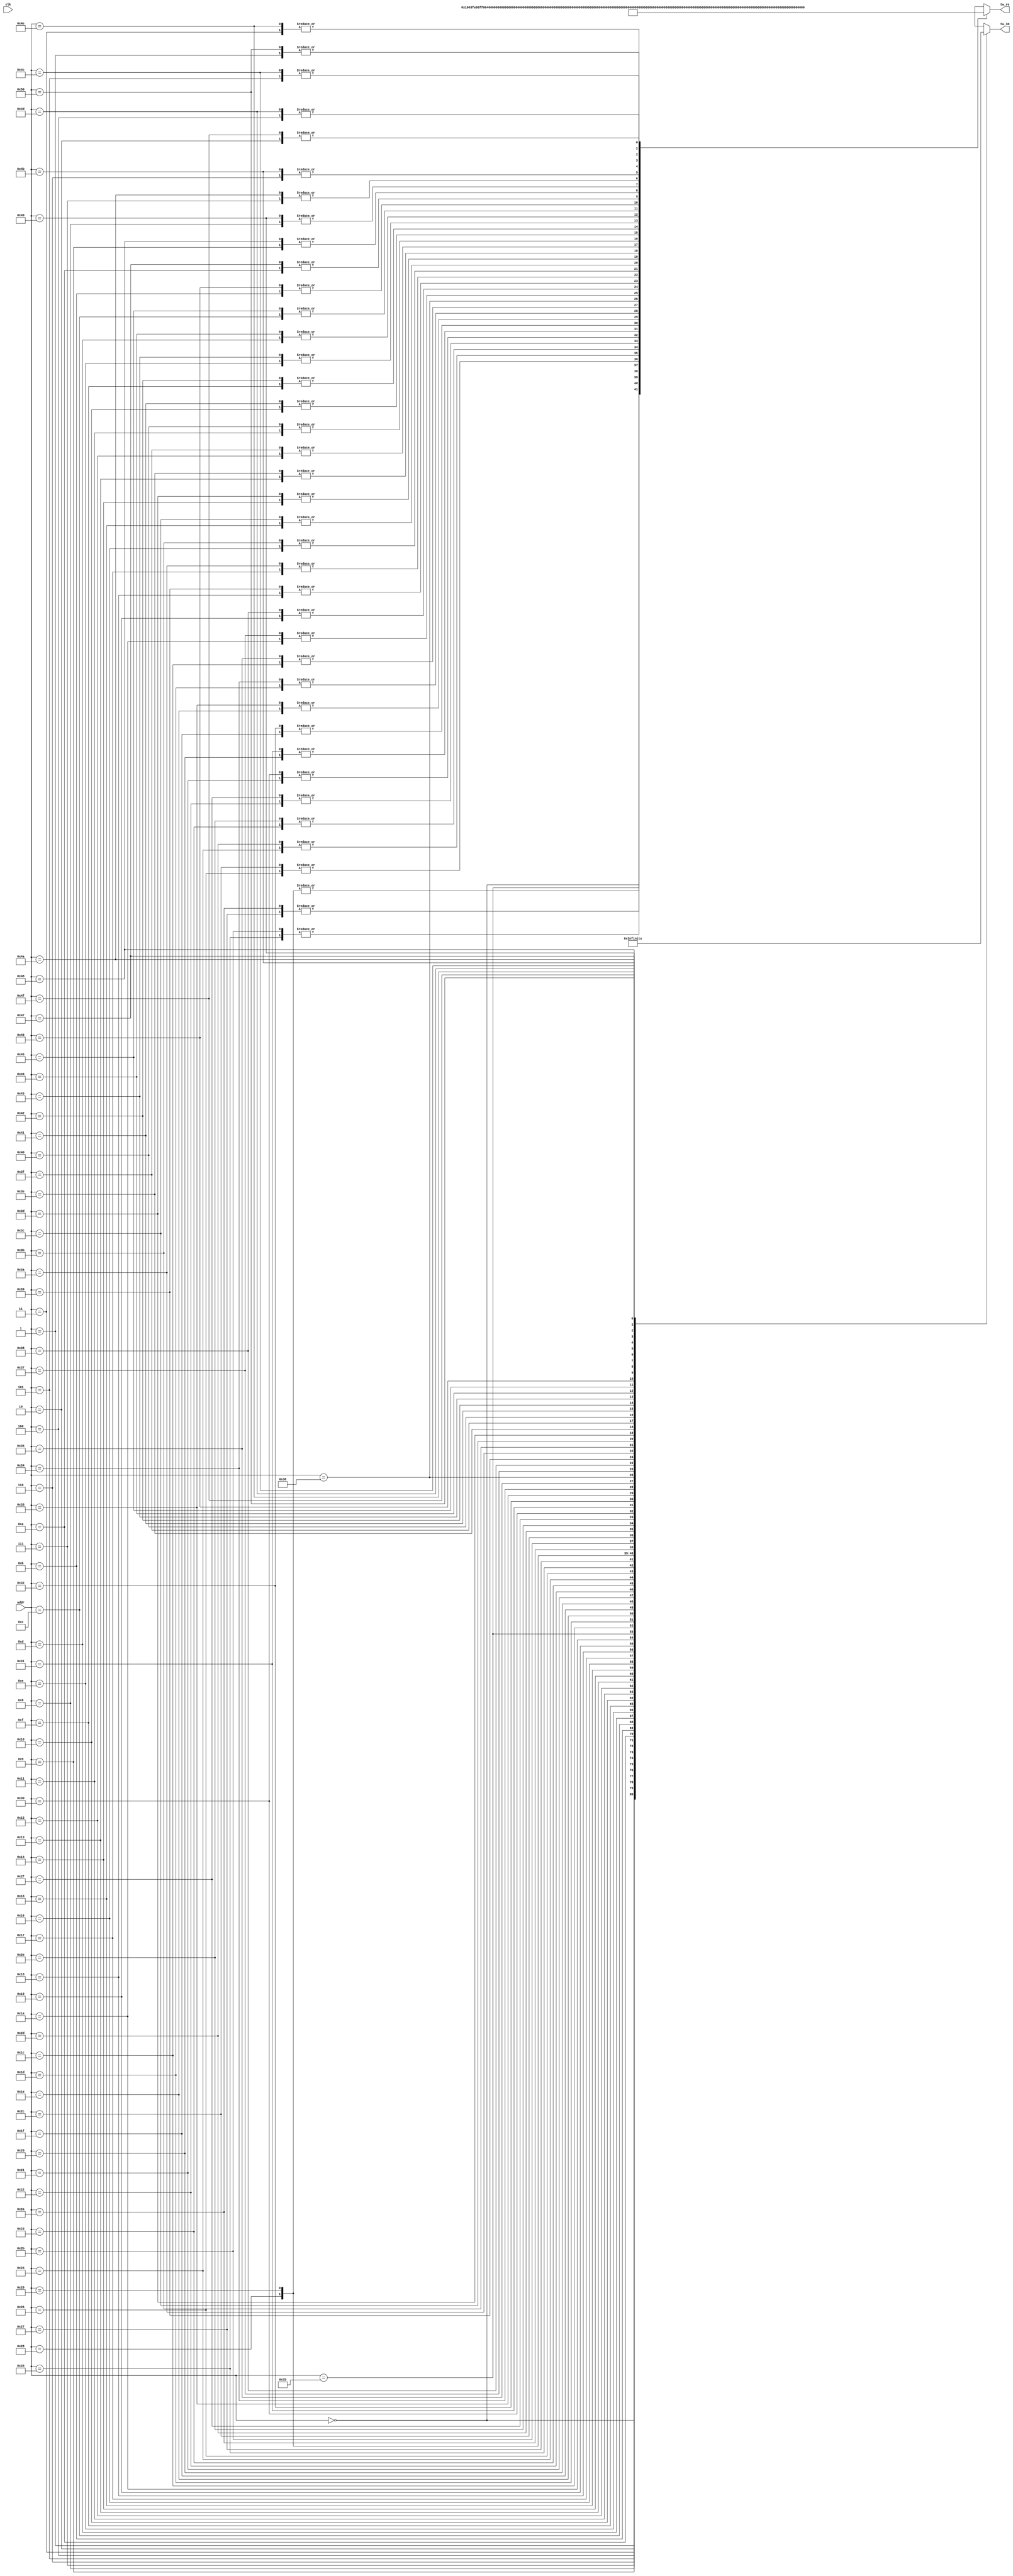
module Twiddle81 #(
    parameter   TW_FF = 0   //  Use Output Register
)(
    input           clk,  //  Master Clock
    input   [6:0]   addr,   //  Twiddle Factor Number
    output  [17:0]  tw_re,  //  Twiddle Factor (Real)
    output  [17:0]  tw_im   //  Twiddle Factor (Imag)
);

wire[17:0]  wn_re[0:80];   //  Twiddle Table (Real)
wire[17:0]  wn_im[0:80];   //  Twiddle Table (Imag)
wire[17:0]  mx_re;          //  Multiplexer output (Real)
wire[17:0]  mx_im;          //  Multiplexer output (Imag)
reg [17:0]  ff_re;          //  Register output (Real)
reg [17:0]  ff_im;          //  Register output (Imag)

assign  mx_re = wn_re[addr];
assign  mx_im = wn_im[addr];

always @(posedge clk) begin
    ff_re <= mx_re;
    ff_im <= mx_im;
end

assign  tw_re = TW_FF ? ff_re : mx_re;
assign  tw_im = TW_FF ? ff_im : mx_im;
assign wn_re[0] = 18'b000000010000000000; assign wn_im[0] = 18'b000000000000000000; 
assign wn_re[1] = 18'b000000001111111100; assign wn_im[1] = 18'b111111111110110000; 
assign wn_re[2] = 18'b000000001111110011; assign wn_im[2] = 18'b111111111101100001; 
assign wn_re[3] = 18'b000000001111100100; assign wn_im[3] = 18'b111111111100010011; 
assign wn_re[4] = 18'b000000001111001111; assign wn_im[4] = 18'b111111111011000111; 
assign wn_re[5] = 18'b000000001110110011; assign wn_im[5] = 18'b111111111001111100; 
assign wn_re[6] = 18'b000000001110010011; assign wn_im[6] = 18'b111111111000110100; 
assign wn_re[7] = 18'b000000001101101100; assign wn_im[7] = 18'b111111110111101110; 
assign wn_re[8] = 18'b000000001101000001; assign wn_im[8] = 18'b111111110110101100; 
assign wn_re[9] = 18'b000000001100010000; assign wn_im[9] = 18'b111111110101101101; 
assign wn_re[10] = 18'b000000001011011011; assign wn_im[10] = 18'b111111110100110010; 
assign wn_re[11] = 18'b000000001010100001; assign wn_im[11] = 18'b111111110011111100; 
assign wn_re[12] = 18'b000000001001100011; assign wn_im[12] = 18'b111111110011001010; 
assign wn_re[13] = 18'b000000001000100010; assign wn_im[13] = 18'b111111110010011101; 
assign wn_re[14] = 18'b000000000111011101; assign wn_im[14] = 18'b111111110001110110; 
assign wn_re[15] = 18'b000000000110010101; assign wn_im[15] = 18'b111111110001010011; 
assign wn_re[16] = 18'b000000000101001011; assign wn_im[16] = 18'b111111110000110111; 
assign wn_re[17] = 18'b000000000011111111; assign wn_im[17] = 18'b111111110000100000; 
assign wn_re[18] = 18'b000000000010110001; assign wn_im[18] = 18'b111111110000001111; 
assign wn_re[19] = 18'b000000000001100011; assign wn_im[19] = 18'b111111110000000100; 
assign wn_re[20] = 18'b000000000000010011; assign wn_im[20] = 18'b111111110000000000; 
assign wn_re[21] = 18'b111111111111000100; assign wn_im[21] = 18'b111111110000000001; 
assign wn_re[22] = 18'b111111111101110101; assign wn_im[22] = 18'b111111110000001001; 
assign wn_re[23] = 18'b111111111100100111; assign wn_im[23] = 18'b111111110000010111; 
assign wn_re[24] = 18'b111111111011011010; assign wn_im[24] = 18'b111111110000101011; 
assign wn_re[25] = 18'b111111111010001111; assign wn_im[25] = 18'b111111110001000100; 
assign wn_re[26] = 18'b111111111001000110; assign wn_im[26] = 18'b111111110001100100; 
assign wn_re[27] = 18'b111111111000000000; assign wn_im[27] = 18'b111111110010001001; 
assign wn_re[28] = 18'b111111110110111100; assign wn_im[28] = 18'b111111110010110011; 
assign wn_re[29] = 18'b111111110101111101; assign wn_im[29] = 18'b111111110011100010; 
assign wn_re[30] = 18'b111111110101000001; assign wn_im[30] = 18'b111111110100010111; 
assign wn_re[31] = 18'b111111110100001001; assign wn_im[31] = 18'b111111110101001111; 
assign wn_re[32] = 18'b111111110011010110; assign wn_im[32] = 18'b111111110110001100; 
assign wn_re[33] = 18'b111111110010101000; assign wn_im[33] = 18'b111111110111001101; 
assign wn_re[34] = 18'b111111110001111111; assign wn_im[34] = 18'b111111111000010001; 
assign wn_re[35] = 18'b111111110001011011; assign wn_im[35] = 18'b111111111001011000; 
assign wn_re[36] = 18'b111111110000111101; assign wn_im[36] = 18'b111111111010100001; 
assign wn_re[37] = 18'b111111110000100101; assign wn_im[37] = 18'b111111111011101101; 
assign wn_re[38] = 18'b111111110000010011; assign wn_im[38] = 18'b111111111100111010; 
assign wn_re[39] = 18'b111111110000000110; assign wn_im[39] = 18'b111111111110001001; 
assign wn_re[40] = 18'b111111110000000000; assign wn_im[40] = 18'b111111111111011000; 
assign wn_re[41] = 18'b111111110000000000; assign wn_im[41] = 18'b000000000000100111; 
assign wn_re[42] = 18'b111111110000000110; assign wn_im[42] = 18'b000000000001110110; 
assign wn_re[43] = 18'b111111110000010011; assign wn_im[43] = 18'b000000000011000101; 
assign wn_re[44] = 18'b111111110000100101; assign wn_im[44] = 18'b000000000100010010; 
assign wn_re[45] = 18'b111111110000111101; assign wn_im[45] = 18'b000000000101011110; 
assign wn_re[46] = 18'b111111110001011011; assign wn_im[46] = 18'b000000000110100111; 
assign wn_re[47] = 18'b111111110001111111; assign wn_im[47] = 18'b000000000111101110; 
assign wn_re[48] = 18'b111111110010101000; assign wn_im[48] = 18'b000000001000110010; 
assign wn_re[49] = 18'b111111110011010110; assign wn_im[49] = 18'b000000001001110011; 
assign wn_re[50] = 18'b111111110100001001; assign wn_im[50] = 18'b000000001010110000; 
assign wn_re[51] = 18'b111111110101000001; assign wn_im[51] = 18'b000000001011101000; 
assign wn_re[52] = 18'b111111110101111101; assign wn_im[52] = 18'b000000001100011101; 
assign wn_re[53] = 18'b111111110110111100; assign wn_im[53] = 18'b000000001101001100; 
assign wn_re[54] = 18'b111111110111111111; assign wn_im[54] = 18'b000000001101110110; 
assign wn_re[55] = 18'b111111111001000110; assign wn_im[55] = 18'b000000001110011011; 
assign wn_re[56] = 18'b111111111010001111; assign wn_im[56] = 18'b000000001110111011; 
assign wn_re[57] = 18'b111111111011011010; assign wn_im[57] = 18'b000000001111010100; 
assign wn_re[58] = 18'b111111111100100111; assign wn_im[58] = 18'b000000001111101000; 
assign wn_re[59] = 18'b111111111101110101; assign wn_im[59] = 18'b000000001111110110; 
assign wn_re[60] = 18'b111111111111000100; assign wn_im[60] = 18'b000000001111111110; 
assign wn_re[61] = 18'b000000000000010011; assign wn_im[61] = 18'b000000001111111111; 
assign wn_re[62] = 18'b000000000001100011; assign wn_im[62] = 18'b000000001111111011; 
assign wn_re[63] = 18'b000000000010110001; assign wn_im[63] = 18'b000000001111110000; 
assign wn_re[64] = 18'b000000000011111111; assign wn_im[64] = 18'b000000001111011111; 
assign wn_re[65] = 18'b000000000101001011; assign wn_im[65] = 18'b000000001111001000; 
assign wn_re[66] = 18'b000000000110010101; assign wn_im[66] = 18'b000000001110101100; 
assign wn_re[67] = 18'b000000000111011101; assign wn_im[67] = 18'b000000001110001001; 
assign wn_re[68] = 18'b000000001000100010; assign wn_im[68] = 18'b000000001101100010; 
assign wn_re[69] = 18'b000000001001100011; assign wn_im[69] = 18'b000000001100110101; 
assign wn_re[70] = 18'b000000001010100001; assign wn_im[70] = 18'b000000001100000011; 
assign wn_re[71] = 18'b000000001011011011; assign wn_im[71] = 18'b000000001011001101; 
assign wn_re[72] = 18'b000000001100010000; assign wn_im[72] = 18'b000000001010010010; 
assign wn_re[73] = 18'b000000001101000001; assign wn_im[73] = 18'b000000001001010011; 
assign wn_re[74] = 18'b000000001101101100; assign wn_im[74] = 18'b000000001000010001; 
assign wn_re[75] = 18'b000000001110010011; assign wn_im[75] = 18'b000000000111001011; 
assign wn_re[76] = 18'b000000001110110011; assign wn_im[76] = 18'b000000000110000011; 
assign wn_re[77] = 18'b000000001111001111; assign wn_im[77] = 18'b000000000100111000; 
assign wn_re[78] = 18'b000000001111100100; assign wn_im[78] = 18'b000000000011101100; 
assign wn_re[79] = 18'b000000001111110011; assign wn_im[79] = 18'b000000000010011110; 
assign wn_re[80] = 18'b000000001111111100; assign wn_im[80] = 18'b000000000001001111; 

endmodule